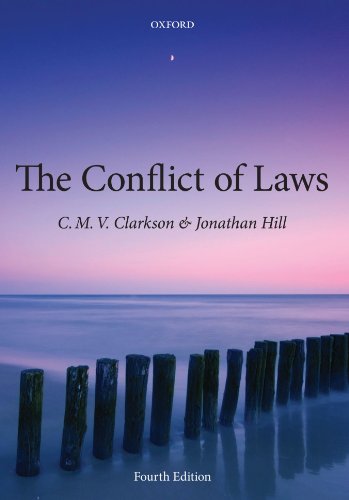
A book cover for The Conflict of Laws; CMV Clarkson; Law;